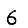
Digit: 6